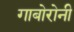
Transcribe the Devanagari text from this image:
गाबोरोनी